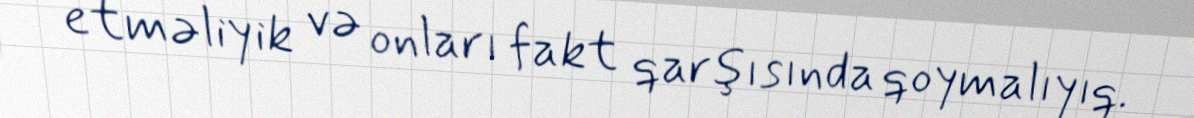
etməliyik və onları fakt qarşısında qoymalıyıq.